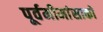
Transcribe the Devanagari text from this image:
पूर्वमीमांसाकाे